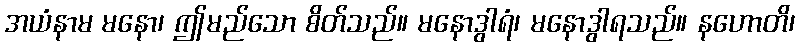
အယံနာမ မနော၊ ဤမည်သော စိတ်သည်။ မနောဒွါရံ၊ မနောဒွါရသည်။ နဟောတိ၊